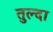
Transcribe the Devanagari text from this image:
तुल्दा